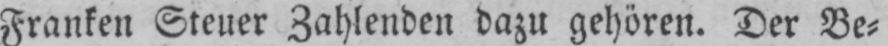
Franken Steuer Zahlenden dazu gehören. Der Be⸗